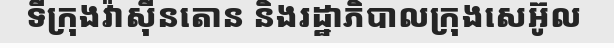
ទីក្រុងវ៉ាស៊ីនតោន និងរដ្ឋាភិបាលក្រុងសេអ៊ូល